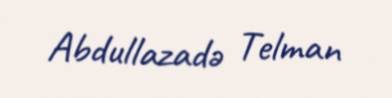
Abdullazadə Telman